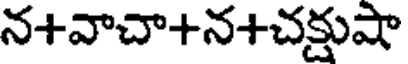
న+వాచా+న+చక్షుషా